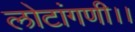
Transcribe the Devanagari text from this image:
लोटांगणी।।